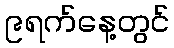
၉ရက်နေ့တွင်